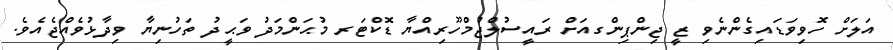
އަލަށް ހޮވިވަޑައިގެންނެވި ޒީ ޖިންޕިންގއަށް ރައީސުލްޖުމްހޫރިއްޔާ ޑޮކްޓަރ މުޙަންމަދު ވަޙީދު ތަހުނިޔާ ވިދާޅުވެއްޖެއެވެ.